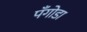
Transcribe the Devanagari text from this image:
पँगोडा